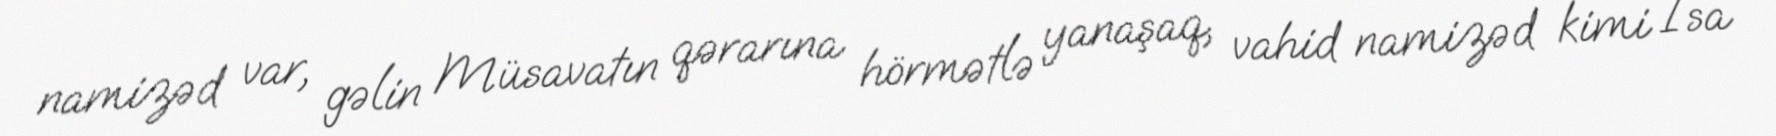
namizəd var, gəlin Müsavatın qərarına hörmətlə yanaşaq, vahid namizəd kimi İsa